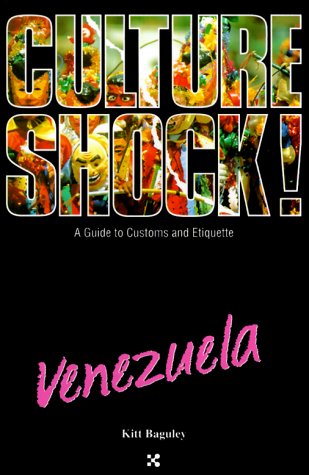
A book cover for Culture Shock! Venezuela (Culture Shock! A Survival Guide to Customs & Etiquette); Kitt Baguley; Travel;